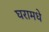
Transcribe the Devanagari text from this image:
घरामधे